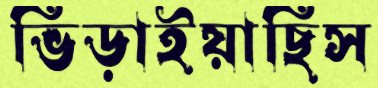
ভিড়াইয়াছিস